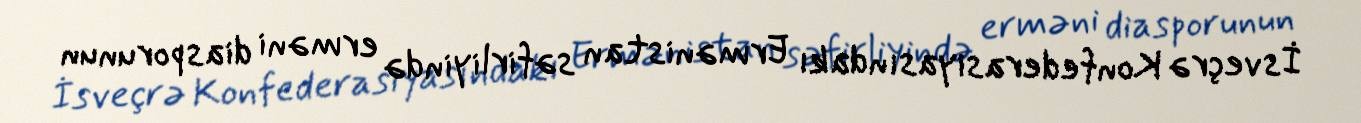
İsveçrə Konfederasiyasındakı Ermənistan səfirliyində erməni diasporunun